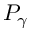
P _ { \gamma }